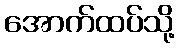
အောက်ထပ်သို့